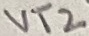
Text: VT2